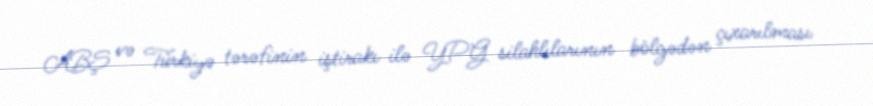
ABŞ və Türkiyə tərəfinin iştirakı ilə YPG silahlılarının bölgədən çıxarılması